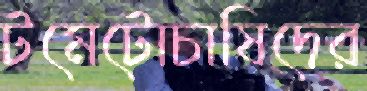
টমেটোচাষিদের